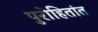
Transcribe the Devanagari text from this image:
पुरोहितांत